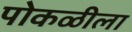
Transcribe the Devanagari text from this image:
पोकळीला